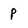
Character: P